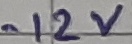
Text: -12V